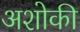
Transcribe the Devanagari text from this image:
अशोकी